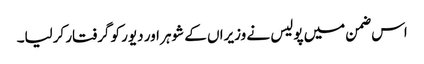
اس ضمن میں پولیس نے وزیراں کے شوہر اور دیور کو گرفتار کرلیا۔